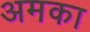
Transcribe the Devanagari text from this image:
अमका